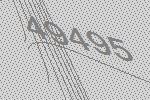
49495